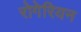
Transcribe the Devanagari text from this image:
रोगेरियन